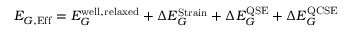
E _ { G , { \mathrm { E f f } } } = E _ { G } ^ { \mathrm { w e l l , r e l a x e d } } + \Delta E _ { G } ^ { \mathrm { S t r a i n } } + \Delta E _ { G } ^ { \mathrm { Q S E } } + \Delta E _ { G } ^ { \mathrm { Q C S E } }